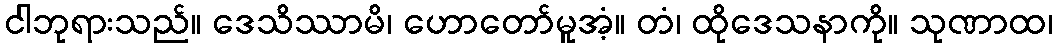
ငါဘုရားသည်။ ဒေသိဿာမိ၊ ဟောတော်မူအံ့။ တံ၊ ထိုဒေသနာကို။ သုဏာထ၊